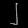
Digit: ၂